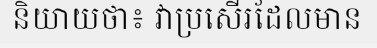
និយាយថា៖ វាប្រសើរដែលមាន